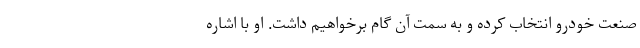
صنعت خودرو انتخاب كرده و به سمت آن گام برخواهيم داشت. او با اشاره